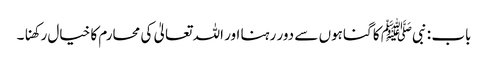
باب : نبیﷺ کا گناہوں سے دور رہنا اور اللہ تعالیٰ کی محارم کا خیال رکھنا۔